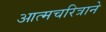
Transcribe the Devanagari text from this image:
आत्मचरित्राने